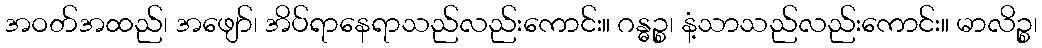
အဝတ်အထည်၊ အဖျော်၊ အိပ်ရာနေရာသည်လည်းကောင်း။ ဂန္ဓဉ္စ၊ နံ့သာသည်လည်းကောင်း။ မာလိဉ္စ၊